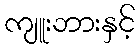
ကျူးဘားနှင့်